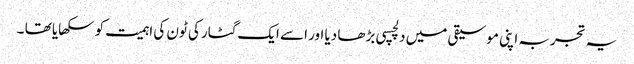
یہ تجربہ اپنی موسیقی میں دلچسپی بڑھا دیا اور اسے ایک گٹار کی ٹون کی اہمیت کو سکھایا تھا ۔